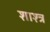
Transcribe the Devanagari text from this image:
शाश्त्र